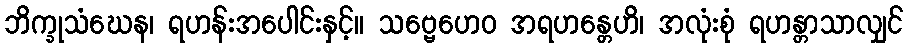
ဘိက္ခုသံဃေန၊ ရဟန်းအပေါင်းနှင့်။ သဗ္ဗေဟေဝ အရဟန္တေဟိ၊ အလုံးစုံ ရဟန္တာသာလျှင်